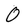
Character: 0